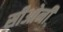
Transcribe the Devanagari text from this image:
सीओनी